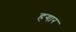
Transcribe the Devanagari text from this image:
हगार